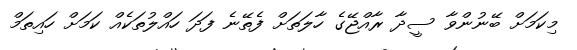
މިކަމަށް ބޭނުންވާ ސީދާ ރާއްޖޭގެ ހާލަތަށް ފެތޭނެ ފަދަ ހައްލުތަކެއް ކަމަށް ހައިތަމް